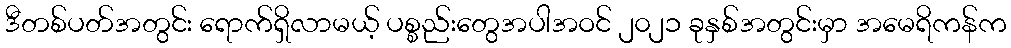
ဒီတစ်ပတ်အတွင်း ရောက်ရှိလာမယ့် ပစ္စည်းတွေအပါအဝင် ၂၀၂၁ ခုနှစ်အတွင်းမှာ အမေရိကန်က